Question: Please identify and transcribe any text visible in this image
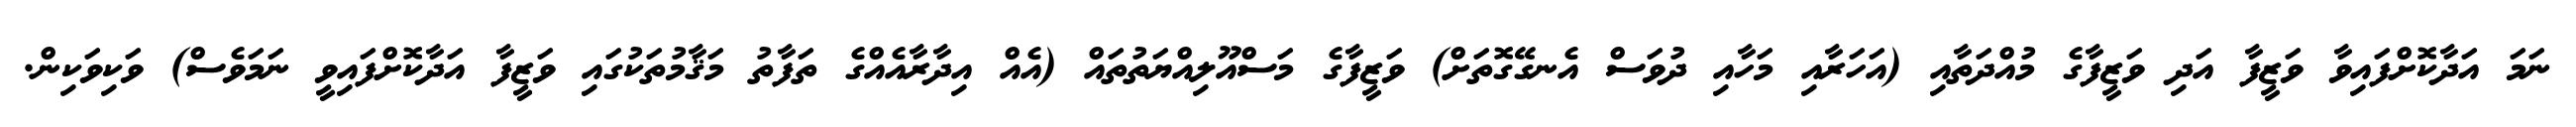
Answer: ނަމަ އަދާކޮށްފައިވާ ވަޒީފާ އަދި ވަޒީފާގެ މުއްދަތާއި (އަހަރާއި މަހާއި ދުވަސް އެނގޭގޮތަށް) ވަޒީފާގެ މަސްއޫލިއްޔަތުތައް (އެއް އިދާރާއެއްގެ ތަފާތު މަޤާމުތަކުގައި ވަޒީފާ އަދާކޮށްފައިވީ ނަމަވެސް) ވަކިވަކިން.